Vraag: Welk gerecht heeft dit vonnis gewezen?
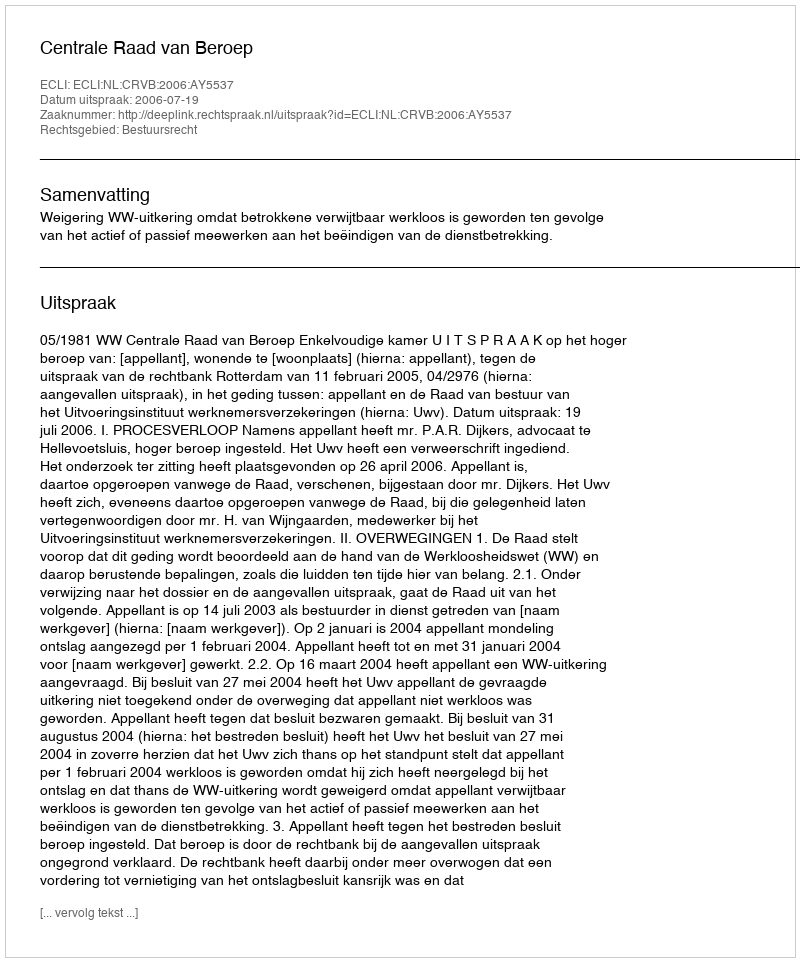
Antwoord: Centrale Raad van Beroep